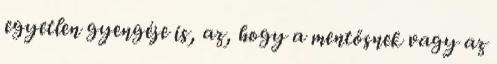
egyetlen gyengéje is, az, hogy a mentősnek vagy az